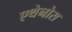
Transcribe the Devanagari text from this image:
एथेनोस